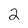
Character: 2